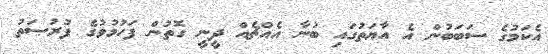
އެކަމުގެ ސަބަބުން އެ އާޔަތުގައި ބުނާ އެއްޗެއް ދީނީ ގޮތުން ފަހުމުވުގެ ފުރުޞަތު